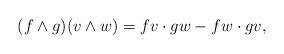
LaTeX: \begin{align*} (f \wedge g)(v \wedge w) = fv \cdot gw - fw \cdot gv,\end{align*}